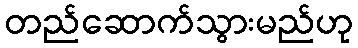
တည်ဆောက်သွားမည်ဟု